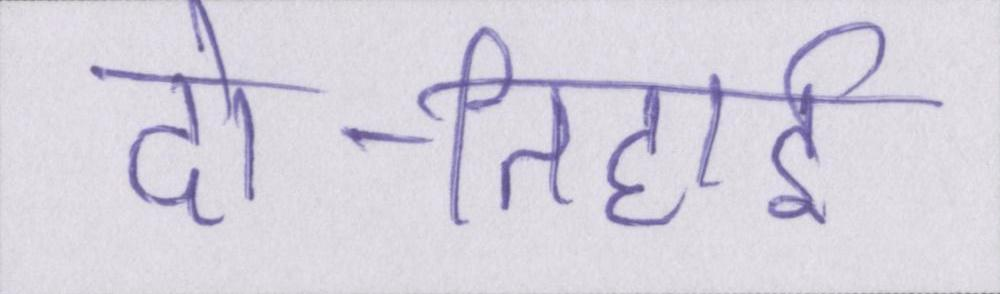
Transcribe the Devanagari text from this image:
दो-तिहाई